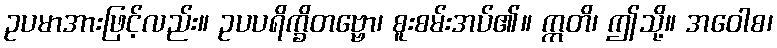
ဥပမာအားဖြင့်လည်း။ ဥပပရိက္ခိတဗ္ဗော၊ စူးစမ်းအပ်၏။ ဣတိ၊ ဤသို့။ အဝေါစ၊